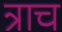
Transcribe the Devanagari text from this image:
त्राच